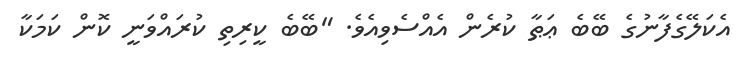
އެކަލޭގެފާނުގެ ބޭބެ ޢަޠާ ކުރެން އެއްސެވިއެވެ. "ބޭބެ ކީރިތި ކުރައްވަނީ ކޮން ކަމަކާ